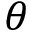
\theta